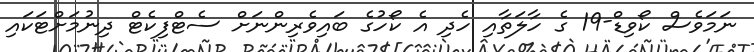
ނަމަވެސް ކޯވިޑް-19 ގެ ހާލަތާއި ހެދި އެ ކޯހުގެ ބައިވެރިންނަށް ސެޓްފިކެޓް ދިނުމަށްޓަކައި